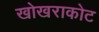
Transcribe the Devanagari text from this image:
खोखराकोट